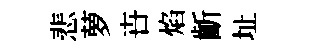
悲萝卋焰齗址